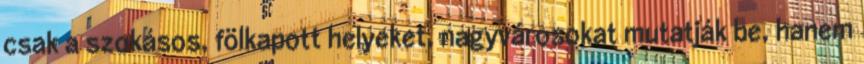
csak a szokásos, fölkapott helyeket, nagyvárosokat mutatják be, hanem